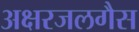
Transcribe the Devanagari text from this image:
अक्षरजलगैस